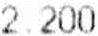
2.200